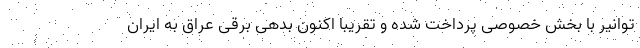
توانیر با بخش خصوصی پرداخت شده و تقریباً اکنون بدهی برقی عراق به ایران